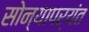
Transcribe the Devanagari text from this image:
सोन्यापर्यंत